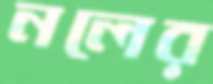
নলের